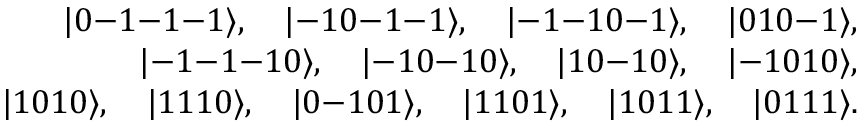
\begin{array} { r } { | 0 \mathrm { - } 1 \mathrm { - } 1 \mathrm { - } 1 \rangle , \quad | \mathrm { - } 1 0 \mathrm { - } 1 \mathrm { - } 1 \rangle , \quad | \mathrm { - } 1 \mathrm { - } 1 0 \mathrm { - } 1 \rangle , \quad | 0 1 0 \mathrm { - } 1 \rangle , } \\ { | \mathrm { - } 1 \mathrm { - } 1 \mathrm { - } 1 0 \rangle , \quad | \mathrm { - } 1 0 \mathrm { - } 1 0 \rangle , \quad | 1 0 \mathrm { - } 1 0 \rangle , \quad | \mathrm { - } 1 0 1 0 \rangle , } \\ { | 1 0 1 0 \rangle , \quad | 1 1 1 0 \rangle , \quad | 0 \mathrm { - } 1 0 1 \rangle , \quad | 1 1 0 1 \rangle , \quad | 1 0 1 1 \rangle , \quad | 0 1 1 1 \rangle . } \end{array}